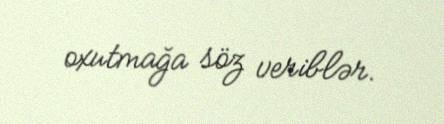
oxutmağa söz veriblər.